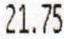
21.75